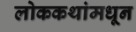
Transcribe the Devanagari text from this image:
लोककथांमधून